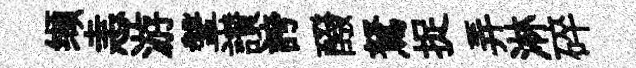
缬恚游鞶讃誇醱駑捉弄淋碎